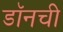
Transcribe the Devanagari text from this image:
डॉनची